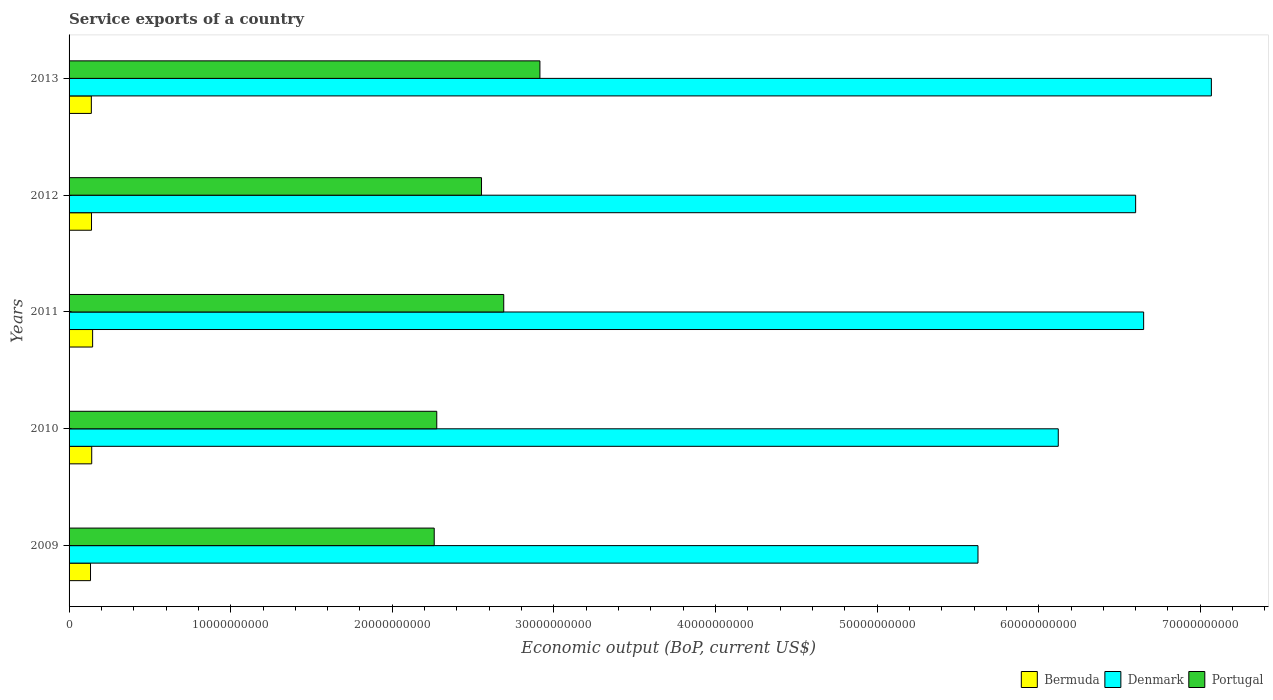
| Years | Bermuda | Denmark | Portugal |
 | --- | --- | --- | --- |
 | 2009 | 1.33e+09 | 5.62e+10 | 2.26e+10 |
 | 2010 | 1.4e+09 | 6.12e+10 | 2.28e+10 |
 | 2011 | 1.46e+09 | 6.65e+10 | 2.69e+10 |
 | 2012 | 1.39e+09 | 6.6e+10 | 2.55e+10 |
 | 2013 | 1.38e+09 | 7.07e+10 | 2.91e+10 |